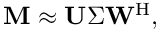
\mathbf { M } \approx \mathbf { U } \Sigma \mathbf { W } ^ { \mathrm { H } } ,